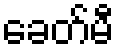
ခေတ်မီ